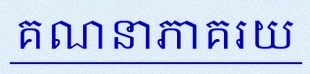
គណនាភាគរយ